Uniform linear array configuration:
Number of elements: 4
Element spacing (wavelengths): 0.25
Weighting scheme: kaiser
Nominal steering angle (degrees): -60
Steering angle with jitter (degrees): -58.183
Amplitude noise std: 0.05
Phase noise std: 0.05

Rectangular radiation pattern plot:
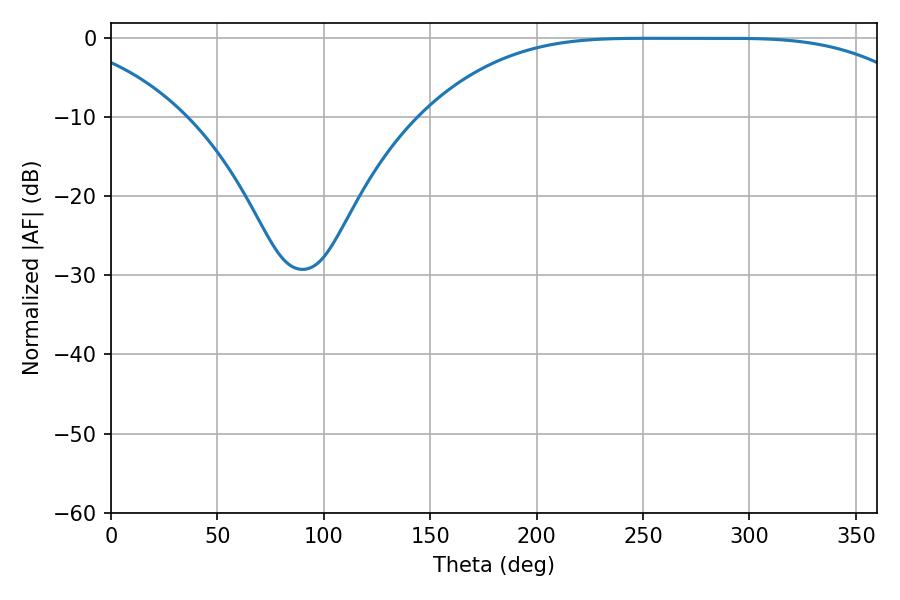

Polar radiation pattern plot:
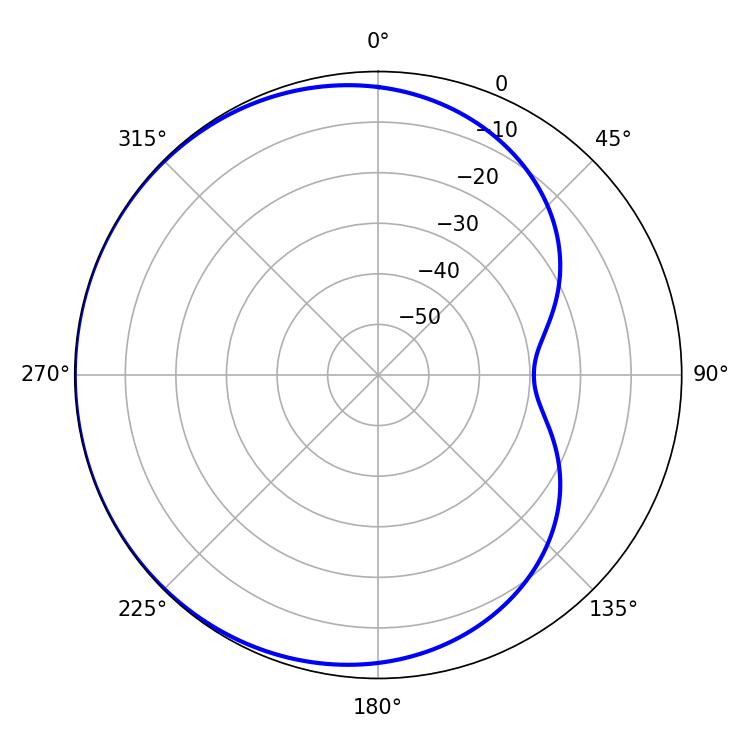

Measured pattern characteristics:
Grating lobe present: FALSE
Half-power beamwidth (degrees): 178.92
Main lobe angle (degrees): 252.72